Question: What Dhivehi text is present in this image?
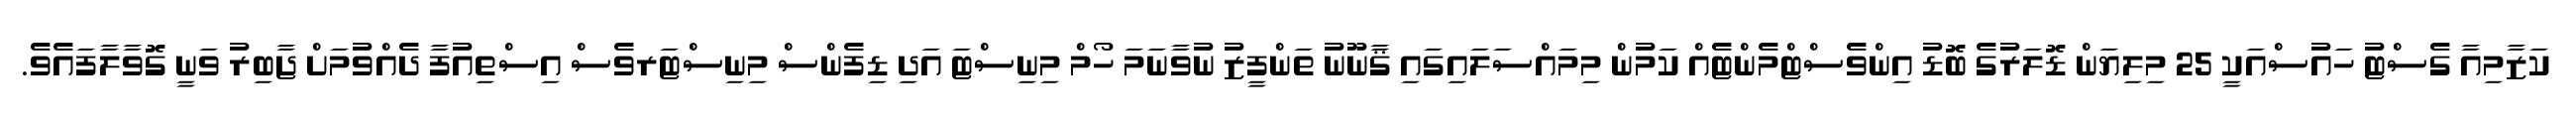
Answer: ކަޒާމިއާ ގެސްޓު ހައުސްއަކީ 25 މިލިޔަން ޑޮލަރުގެ ބޮޑު އިންވެސްޓްމެންޓެއް ކަމުން މިމައްސަލައިގައި ޤާނޫނު ތަންފީޒު ނުވާނަމަ ހޯމް މިނިސްޓަ އަދި ޑިފެންސް މިނިސްޓަރވެސް އިސްތިއުފާ ދެއްވުމަށް ޖާބިރު ވަނީ ގޮވާލާފައެވެ.